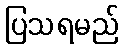
ပြသရမည်